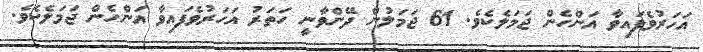
އަހަރުވެފައިވާ އަންހެން ޖަމަލެކެވެ. 61 ޖަމަލުން ދޭންވާނީ ހަތަރު އަހަރުވެފައިވާ އަންހެން ޖަމަލެކެވެ.